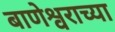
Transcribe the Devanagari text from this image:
बाणेश्वराच्या